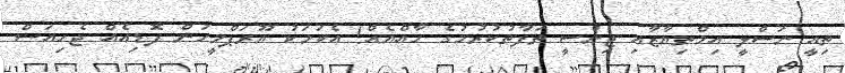
ތިއީ ނަސްލީ އިމްތިޔާޒާއި ޖިންސީ ތަފާތުކުރުމުގެ ހާއްޔެއް! އެކަމަކު ޔޫރަޕްމީހުން ފޮޑިއެއް ޖެހިއަސް